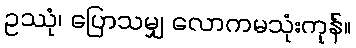
ဥဿုံ၊ ပြောသမျှ လောကမသုံးကုန်။